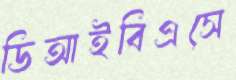
ডিআইবিএসে